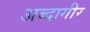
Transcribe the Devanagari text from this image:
अब्दागीर